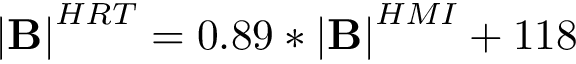
\mathbf { \left| B \right| } ^ { H R T } = 0 . 8 9 \ast \mathbf { \left| B \right| } ^ { H M I } + 1 1 8